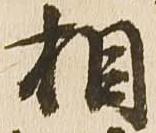
相